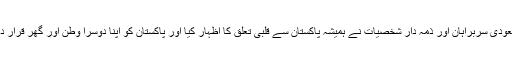
سعودی سربراہان اور ذمہ دار شخصیات نے ہمیشہ پاکستان سے قلبی تعلق کا اظہار کیا اور پاکستان کو اپنا دوسرا وطن اور گھر قرار دیا۔